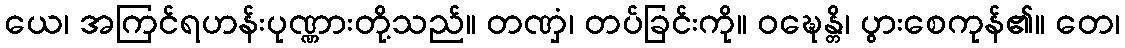
ယေ၊ အကြင်ရဟန်းပုဏ္ဏားတို့သည်။ တဏှံ၊ တပ်ခြင်းကို။ ဝဍ္ဎေန္တိ၊ ပွားစေကုန်၏။ တေ၊